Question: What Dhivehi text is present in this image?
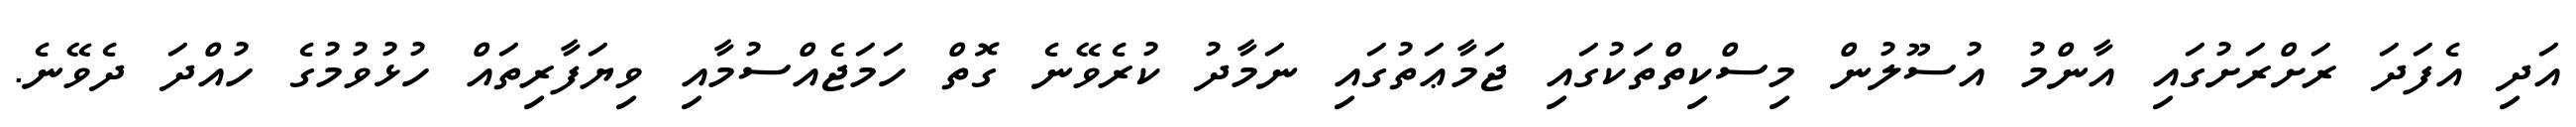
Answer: އަދި އެފަދަ ރަށްރަށުގައި އާންމު އުސޫލުން މިސްކިތްތަކުގައި ޖަމާޢަތުގައި ނަމާދު ކުރެވޭނެ ގޮތް ހަމަޖެއްސުމާއި ވިޔަފާރިތައް ހުޅުވުމުގެ ހުއްދަ ދެވޭނެ.